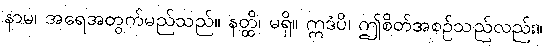
နာမ၊ အရေအတွက်မည်သည်။ နတ္ထိ၊ မရှိ။ ဣဒံပိ၊ ဤစိတ်အစဉ်သည်လည်း။